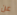
عن